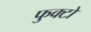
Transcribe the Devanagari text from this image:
फुक्टो